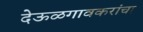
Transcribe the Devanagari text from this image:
देऊळगावकरांचा